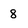
Character: 8